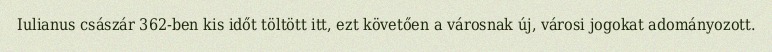
Iulianus császár 362-ben kis időt töltött itt, ezt követően a városnak új, városi jogokat adományozott.